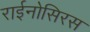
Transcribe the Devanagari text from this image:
राईनोसिरस